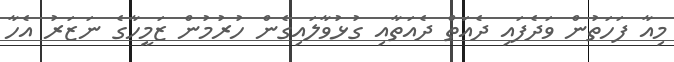
މިއާ ފަހަތުން ވަދެފައި ދެއަތް ދެއަތާއި ގުޅުވާލައިގެން ހުރުމުން ޒަމީހާގެ ނަޒަރު އެހާ